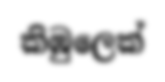
කිඹුලෙක්